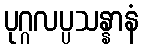
ပုဂ္ဂလပ္ပသန္နာနံ